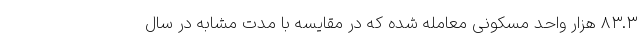
۸۳.۳ هزار واحد مسکونی معامله شده که در مقایسه با مدت مشابه در سال